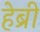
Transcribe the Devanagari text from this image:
हेब्री